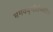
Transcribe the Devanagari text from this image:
भगवद्‍गीतेमधील